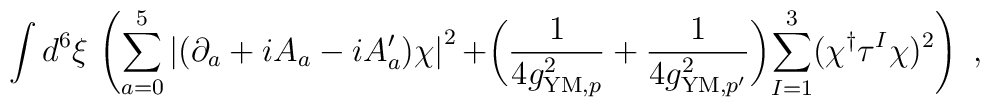
\int d^6\xi\, \left( \sum_{a=0}^5 \left| (\partial_a + iA_a - i A'_a) \chi\right|^2 + \biggr(\frac{1}{4g_{{\rm YM},p}^2} + \frac{1}{4g_{{\rm YM},p'}^2} \biggl)\sum_{I=1}^3 (\chi^{\dagger}\tau^I\chi)^2 \right)\ ,